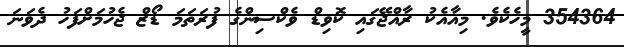
354364 މީހެކެވެ. މިއާއެކު ރާއްޖޭގައި ކޮވިޑް ވެކްސިންގެ ފުރަތަމަ ޑޯޒް ޖެހުމަށްފަހު ދެވަނަ